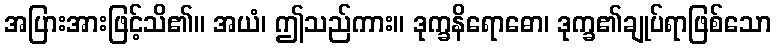
အပြားအားဖြင့်သိ၏။ အယံ၊ ဤသည်ကား။ ဒုက္ခနိရောဓော၊ ဒုက္ခ၏ချုပ်ရာဖြစ်သော